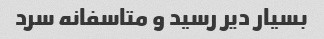
بسیار دیر رسید و متاسفانه سرد